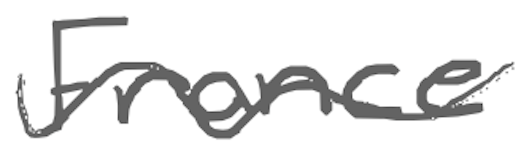
Text: France
Cross-out: wave
Writing tool: digital_gray